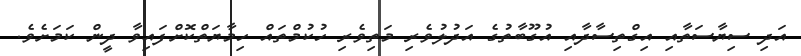
އަދި ސިޔާސަތާއި އިގްތިސާދާއި އުގޫބާތުގެ އަދުލުވެރި މަތިވެރި ހުކުމްތައް ހިމާޔަތްކޮށްފައިވާ ދީން ކަމަށެވެ.